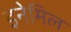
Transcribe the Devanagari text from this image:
इनेमिल